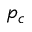
p _ { c }